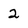
Character: 2